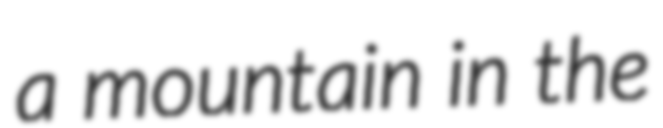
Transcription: a mountain in the